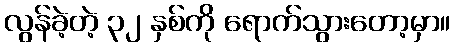
လွန်ခဲ့တဲ့ ၃၂ နှစ်ကို ရောက်သွားတော့မှာ။